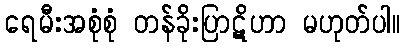
ရေမီးအစုံစုံ တန်ခိုးပြာဋိဟာ မဟုတ်ပါ။